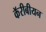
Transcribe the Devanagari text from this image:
कॅरीबीयन